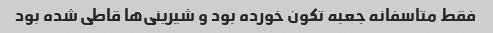
فقط متاسفانه جعبه تکون خورده بود و شیرینی‌ها قاطی شده بود